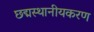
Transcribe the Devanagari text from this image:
छद्मस्थानीयकरण